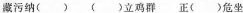
藏污纳() ()立鸡群